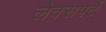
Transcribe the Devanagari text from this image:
लेक्सपर्ट